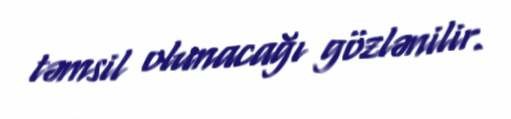
təmsil olunacağı gözlənilir.